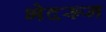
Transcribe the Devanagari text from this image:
भेदरून